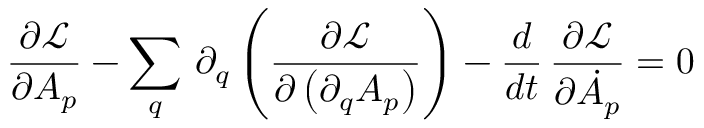
\frac { \partial \mathcal { L } } { \partial A _ { p } } - \sum _ { q } \, \partial _ { q } \left( \frac { \partial \mathcal { L } } { \partial \left( \partial _ { q } A _ { p } \right) } \right) - \frac { d } { d t } \, \frac { \partial \mathcal { L } } { \partial \dot { A } _ { p } } = 0